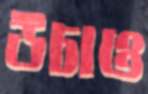
উচাও